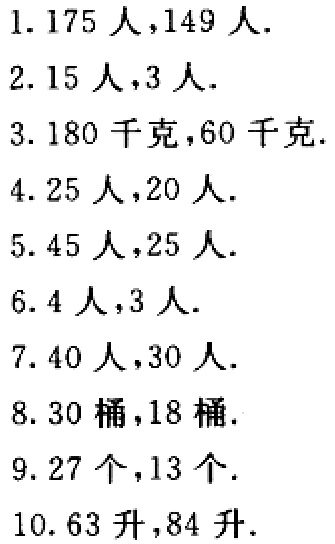
1. \(175\)人，\(149\)人.

2. \(15\)人，\(3\)人.

3. \(180\)千克，\(60\)千克.

4. \(25\)人，\(20\)人.

5. \(45\)人，\(25\)人.

6. \(4\)人，\(3\)人.

7. \(40\)人，\(30\)人.

8. \(30\)桶，\(18\)桶.

9. \(27\)个，\(13\)个.

10. \(63\)升，\(84\)升.